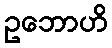
ဥဘောဟိ